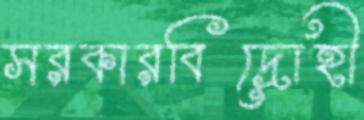
সরকারবিদ্রোহী